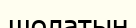
шолатын